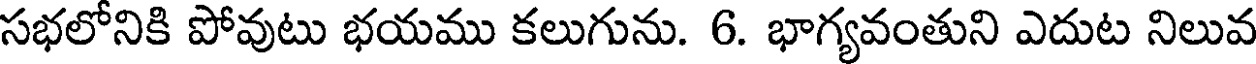
సభలోనికి పోవుటు భయము కలుగును. 6. భాగ్యవంతుని ఎదుట నిలువ